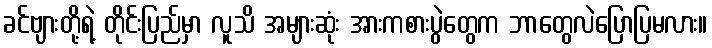
ခင်ဗျားတို့ရဲ့ တိုင်းပြည်မှာ လူသိ အများဆုံး အားကစားပွဲတွေက ဘာတွေလဲပြောပြမလား။